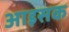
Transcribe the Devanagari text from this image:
आइसक